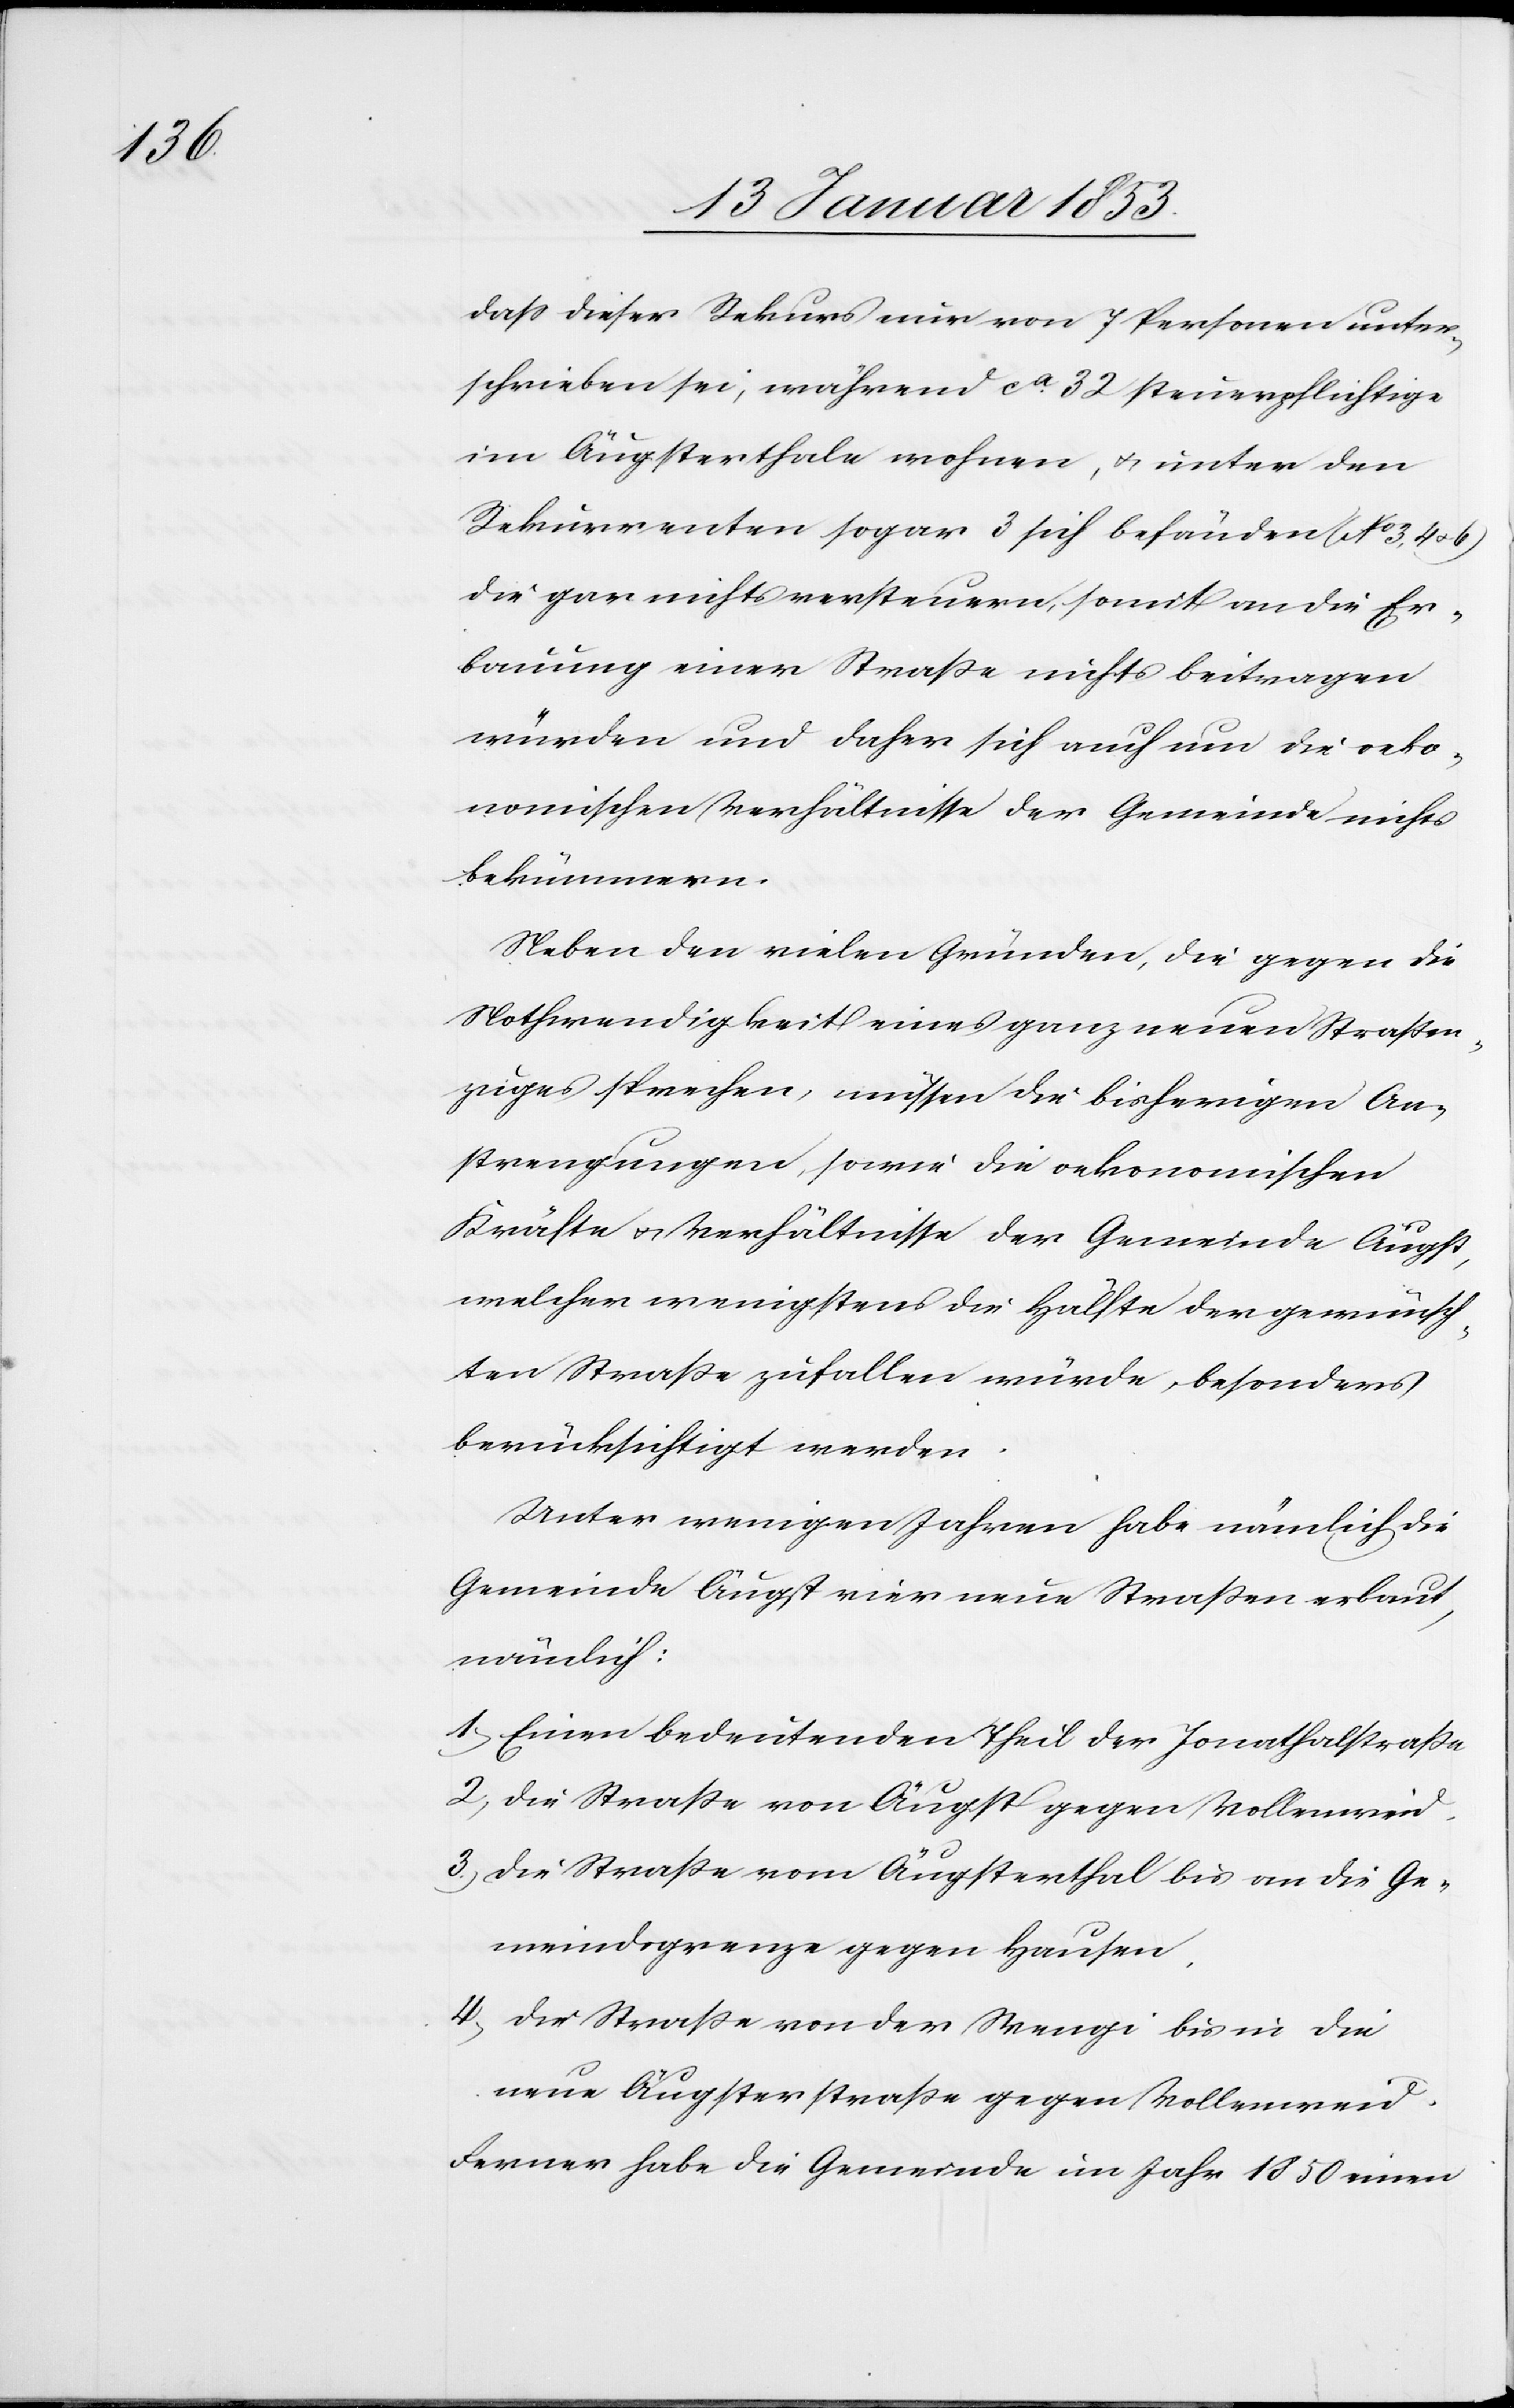
dass dieser Rekurs nur von 7 Personen unter¬
schrieben sei, während ca. 32 steuerpflichtige
im Äugsterthale wohnen, u. unter den
Rekurrenten sogar 3 sich befänden (No. 3, 4 u. 6)
die gar nichts versteuern, somit an die Er¬
bauung einer Straße nichts beitragen
würden und daher sich auch um die oeko¬
nomischen Verhältnisse der Gemeinde nichts
bekümmern.
Neben den vielen Gründen, die gegen die
Nothwendigkeit eines ganz neuen Strassen¬
zuges sprechen, müssen die bisherigen An¬
strengungen, sowie die oekonomischen
Kräfte u. Verhältnisse der Gemeinde Äugst,
welcher wenigstens die Hälfte der gewünsch¬
ten Strasse zufallen würde, besonders
berücksichtigt werden.
Unter wenigen Jahren habe nämlich die
Gemeinde Äugst vier neue Strasse erbaut,
nämlich:
1.) Einen bedeutenden Theil der Jonathalstrasse
2.) Die Strasse von Äugst gegen Vollenried.
3.) Die Strasse von Äugsterthal bis an die Ge¬
meindegrenze gegen Hausen.
4.) Der Strasse von der Wengi bis in die
neue Äugsterstrasse gegen Vollenweid.
Ferner habe die Gemeinde im Jahr 1850 einen